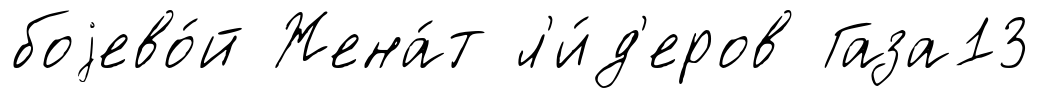
боjево́й Жена́т л'и́д'еров Газа13